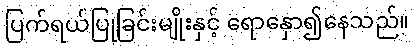
ပြက်ရယ်ပြုခြင်းမျိုးနှင့် ရောနှော၍နေသည်။